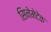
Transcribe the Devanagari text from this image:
सिनेमेटेक